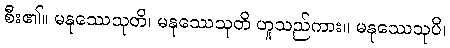
စီး၏။ မနုဿေသုတိ၊ မနုဿေသုတိ ဟူသည်ကား။ မနုဿေသုပိ၊